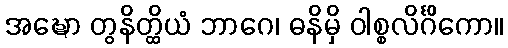
အဍ္ဎော တွနိတ္ထိယံ ဘာဂေ၊ ဓနိမှိ ဝါစ္စလိင်္ဂိကော။